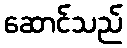
ဆောင်သည်